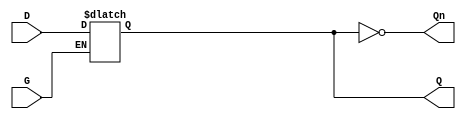
module dual_input_gated_latch (
    input wire D,     // Data Input
    input wire G,     // Gating Input
    output reg Q,     // Output
    output wire Qn    // Complement Output
);

    // Complement output
    assign Qn = ~Q;

    // Always block that describes the latch behavior
    always @(*) begin
        if (G) begin
            Q = D;  // Capture D when G is high
        end
        // If G is low, Q retains its previous value (no assignment needed)
    end

endmodule